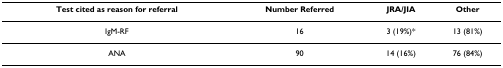
<table><thead><tr><td><b>Test cited as reason for referral</b></td><td><b>Number Referred</b></td><td><b>JRA/JIA</b></td><td><b>Other</b></td></tr></thead><tbody><tr><td>IgM-RF</td><td>16</td><td>3 (19%)*</td><td>13 (81%)</td></tr><tr><td>ANA</td><td>90</td><td>14 (16%)</td><td>76 (84%)</td></tr></tbody></table>